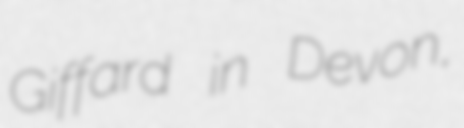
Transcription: Giffard in Devon,